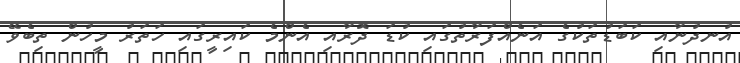
އުނދުނާއި ކަބަޑުތަކުގެ އަނެއްފަރާތުގައި ކުޑަ ދޮރާއި އެންމެ ކައިރީގައި ހަތަރު މީހުން ތިބެވޭ